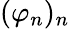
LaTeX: (\varphi_{n})_{n}